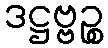
ဒဋ္ဌဗ္ဗဉ္စ